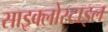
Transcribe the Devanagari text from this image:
साइक्लोस्टाइल